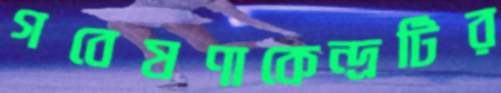
গবেষণাকেন্দ্রটির